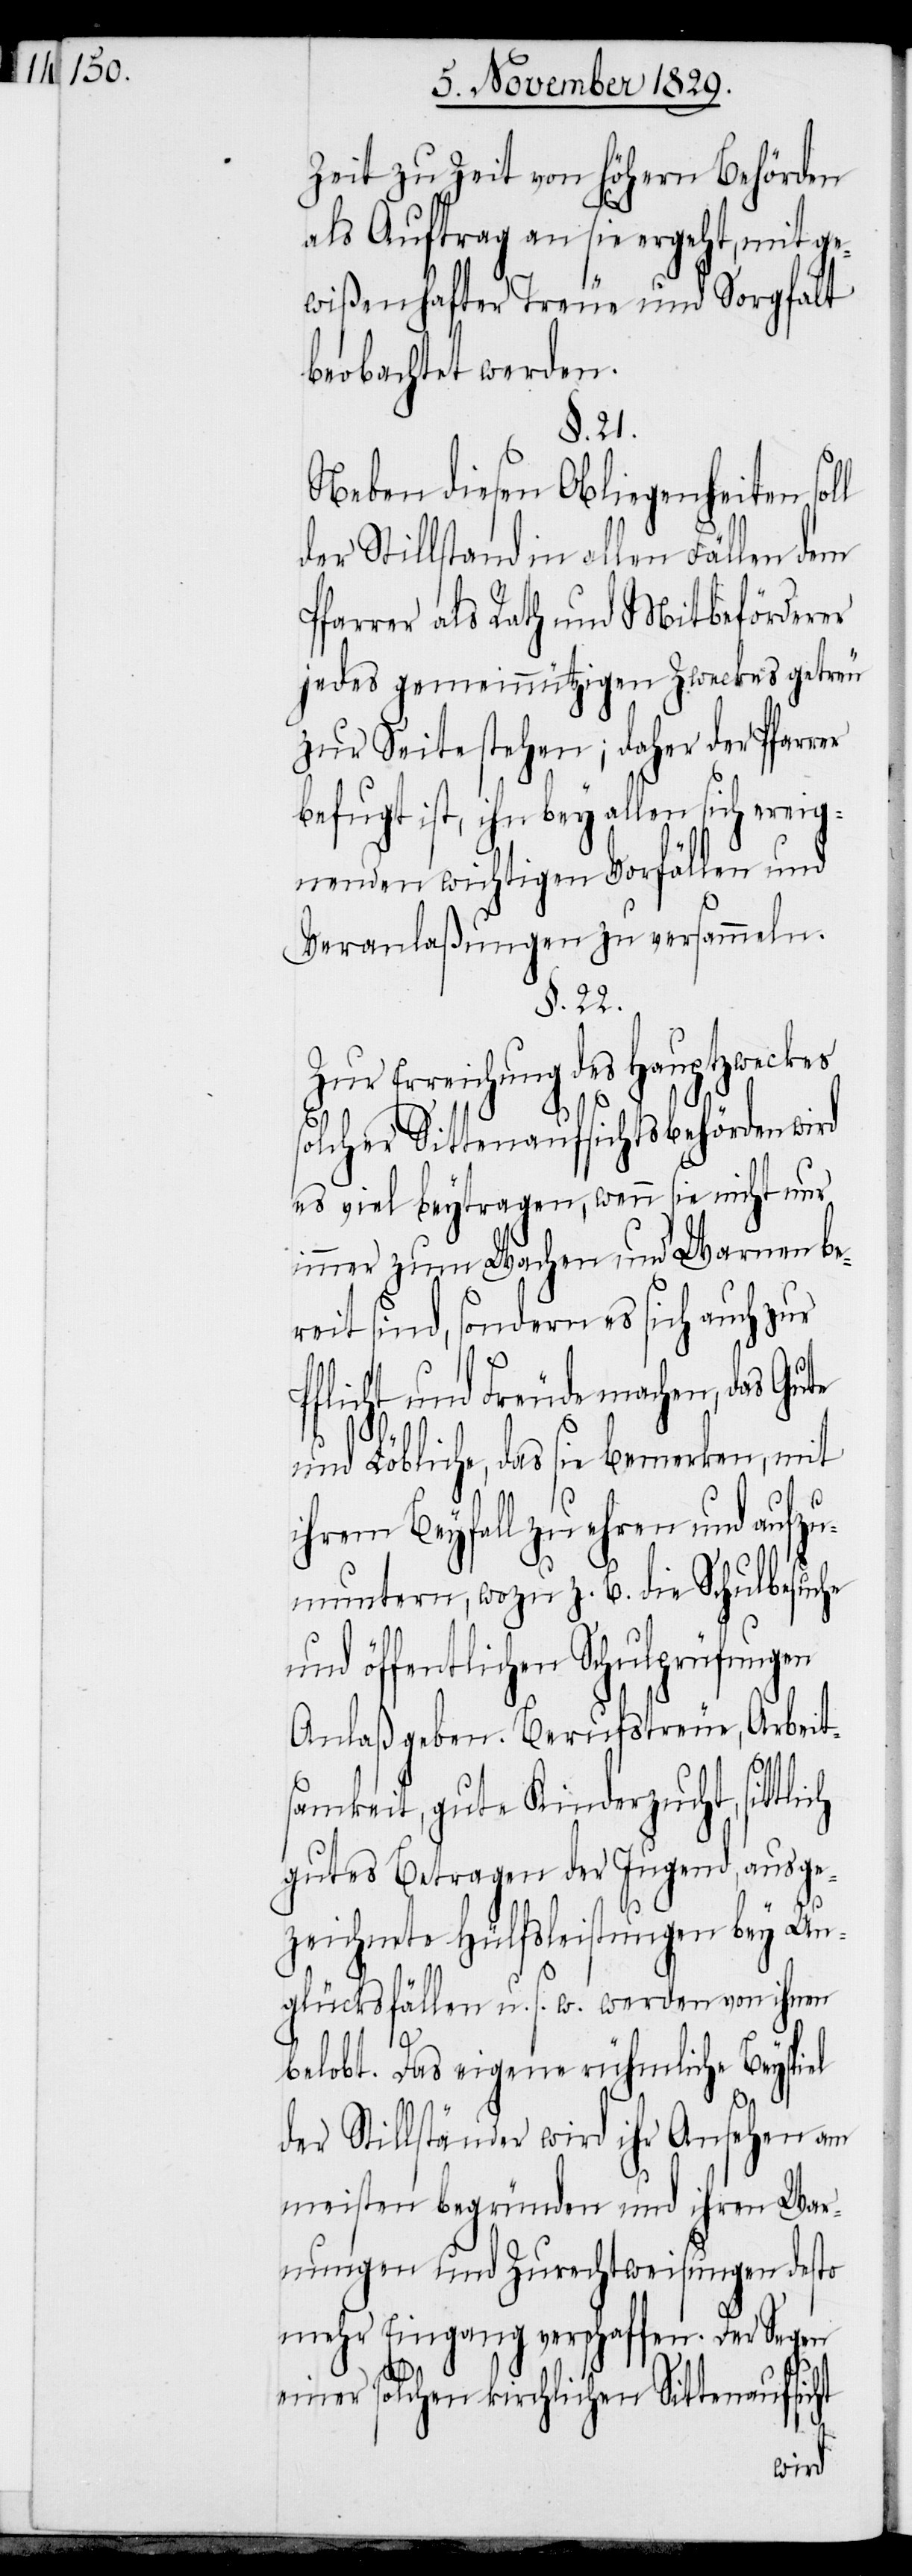
Zeit zu Zeit von höhern Behörden
als Auftrag an sie ergeht, mit ge¬
wißenhafter Treue und Sorgfalt
beobachtet werden.
§. 21.
Neben diesen Obliegenheiten sol¬
der Stillstand in allen Fällen dem
Pfarrer als Rath und Mitbeförderer
jedes gemeinnützigen Zweckes getreu
zur Seite stehen; daher der Pfarr¬
befugt ist, ihn bey allen sich ereig¬
nenden wichtigen Vorfällen und
Veranlaßungen zu versammeln.
§. 22.
Zur Erreichung des Hauptzweckes
solcher Sittenaufsichtsbehörden wird
es viel beytragen, wenn sie nicht nur
immer zum Wachen und Warnen be¬
reit sind, sondern es sich auch zur
Pflicht und Freude machen, das
und Löbliche, das sie bemerken, mit
ihrem Beyfall zu ehren und aufzu¬
muntern, wozu z. B. die Schulbesuche
und öffentlichen Schulprüfungen
Anlaß geben. Berufstreue, Arbeit¬
ht
samkeit, gute Kinderzucht, sittlich
gutes Betragen der Jugend, ausge¬
zeichnete Hülfsleistungen bey Un¬
glücksfällen u. s. w. werden von ihnen
belobt. Das eigene rühmliche Beyspiel
der Stillständer wird ihr Ansehen am
meisten begründen und ihren War¬
nungen und Zurechtweisungen desto
mehr Eingang verschaffen. Der Segen
einer solchen kirchlichen Sittenaufsic¬
er